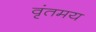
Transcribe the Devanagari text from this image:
वृंतमय